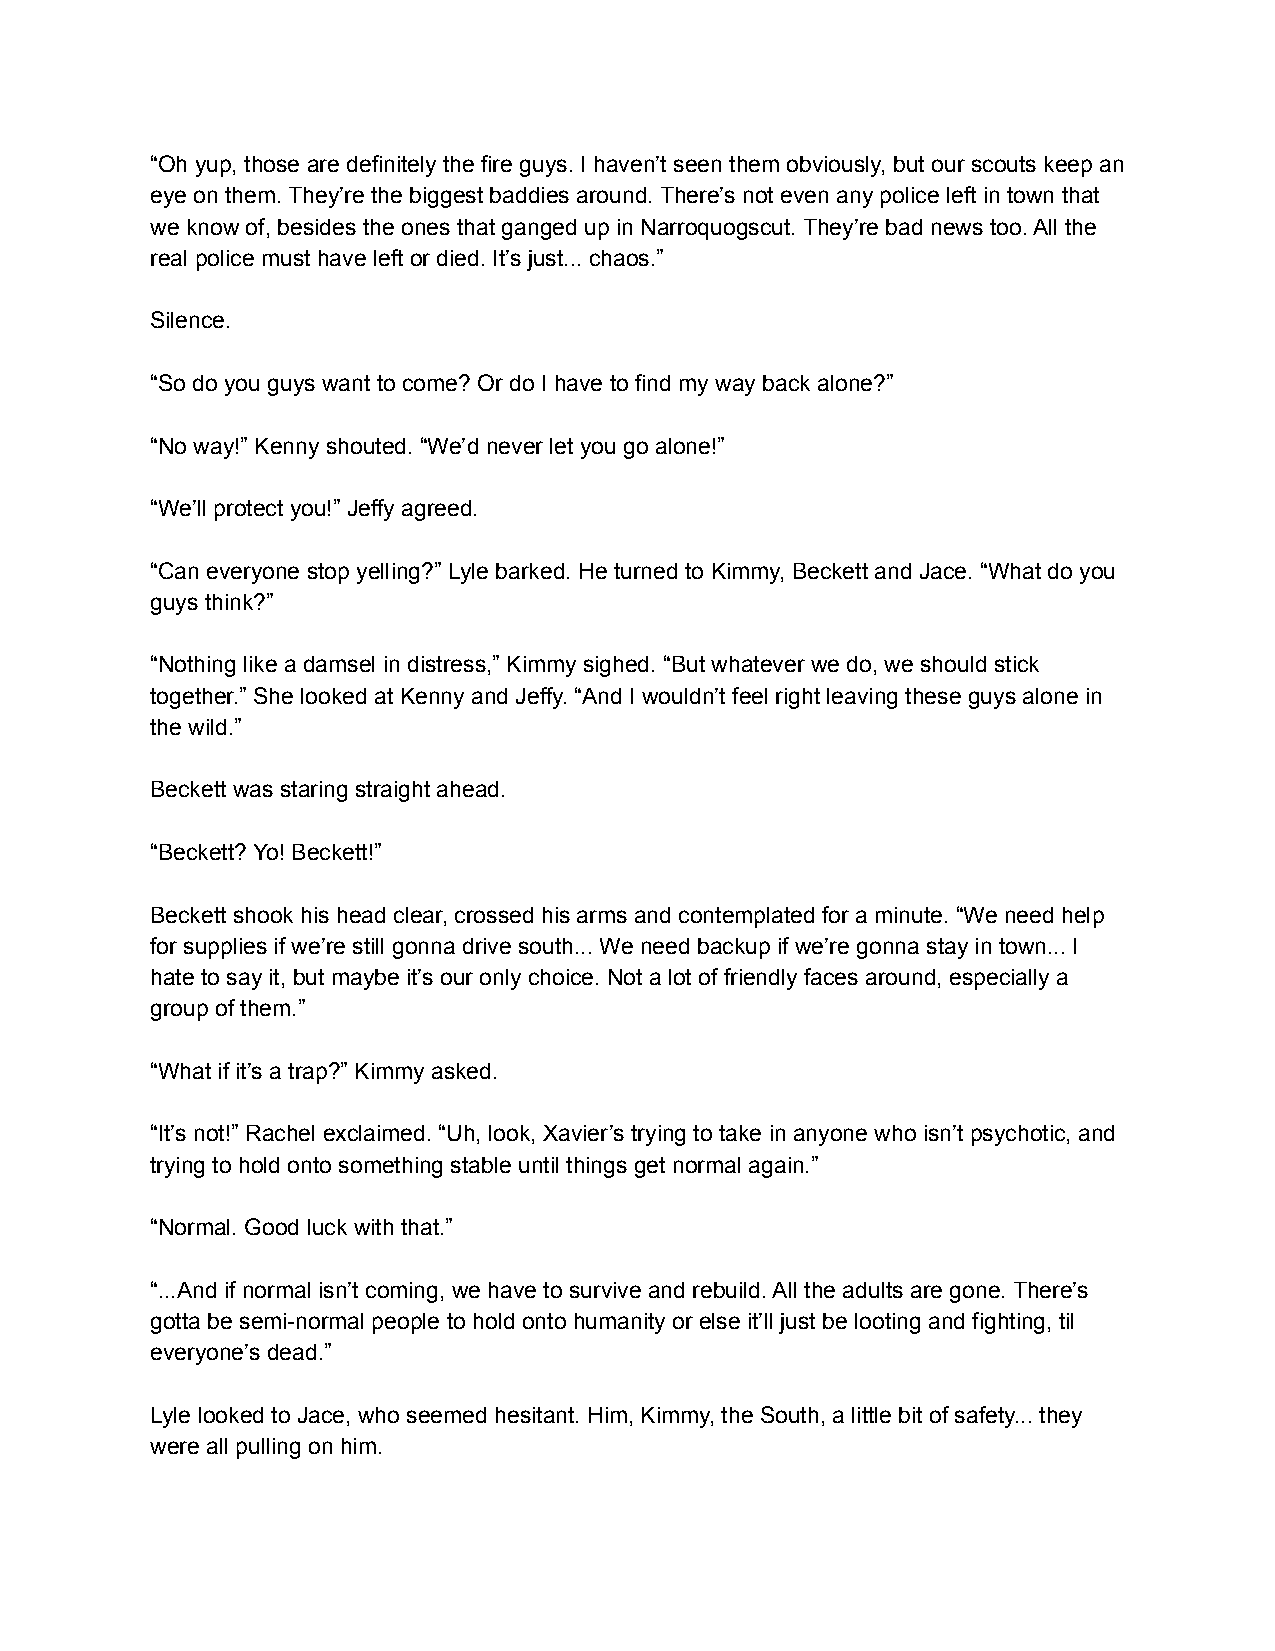
“Oh yup, those are definitely the fire guys. I haven’t seen them obviously, but our scouts keep an
 eye on them. They’re the biggest baddies around. There’s not even any police left in town that
 we know of, besides the ones that ganged up in Narroquogscut. They’re bad news too. All the
 real police must have left or died. It’s just... chaos.”
 Silence.
 “So do you guys want to come? Or do I have to find my way back alone?”
 “No way!” Kenny shouted. “We’d never let you go alone!”
 “We’ll protect you!” Jeffy agreed.
 “Can everyone stop yelling?” Lyle barked. He turned to Kimmy, Beckett and Jace. “What do you
 guys think?”
 “Nothing like a damsel in distress,” Kimmy sighed. “But whatever we do, we should stick
 together.” She looked at Kenny and Jeffy. “And I wouldn’t feel right leaving these guys alone in
 the wild.”
 Beckett was staring straight ahead.
 “Beckett? Yo! Beckett!”
 Beckett shook his head clear, crossed his arms and contemplated for a minute. “We need help
 for supplies if we’re still gonna drive south... We need backup if we’re gonna stay in town... I
 hate to say it, but maybe it’s our only choice. Not a lot of friendly faces around, especially a
 group of them.”
 “What if it’s a trap?” Kimmy asked.
 “It’s not!” Rachel exclaimed. “Uh, look, Xavier’s trying to take in anyone who isn’t psychotic, and
 trying to hold onto something stable until things get normal again.”
 “Normal. Good luck with that.”
 “...And if normal isn’t coming, we have to survive and rebuild. All the adults are gone. There’s
 gotta be semi-normal people to hold onto humanity or else it’ll just be looting and fighting, til
 everyone’s dead.”
 Lyle looked to Jace, who seemed hesitant. Him, Kimmy, the South, a little bit of safety... they
 were all pulling on him.